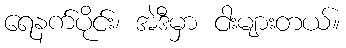
ရေနက်ပိုင်း၊ အဲဒီမှာ ငါးများတယ်။